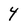
Character: 4